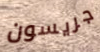
جريسون